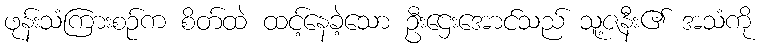
ဖုန်းသံကြားစဉ်က စိတ်ထဲ ထင့်နေခဲ့သော ဦးဌေးအောင်သည် သူ့ဇနီး၏ အသံကို